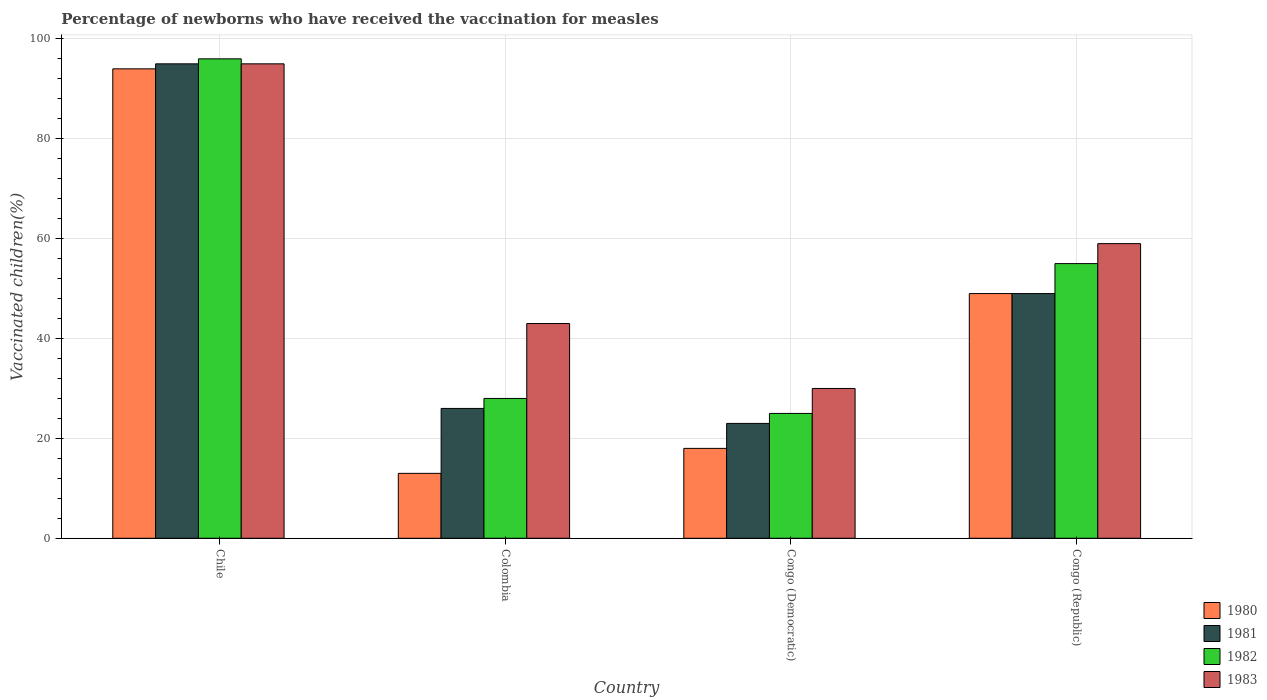
| Country | 1980 | 1981 | 1982 | 1983 |
 | --- | --- | --- | --- | --- |
 | Chile | 94 | 95 | 96 | 95 |
 | Colombia | 13 | 26 | 28 | 43 |
 | Congo (Democratic) | 18 | 23 | 25 | 30 |
 | Congo (Republic) | 49 | 49 | 55 | 59 |